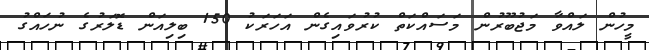
މީހުން ލައްވާ މަޖުބޫރުން މަސައްކަތް ކުރުވައިގެން އަހަރަކު 150 ބިލިއަން ޑޮލަރުގެ ނުހައްގު